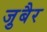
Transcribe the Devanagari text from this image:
जु़बैर